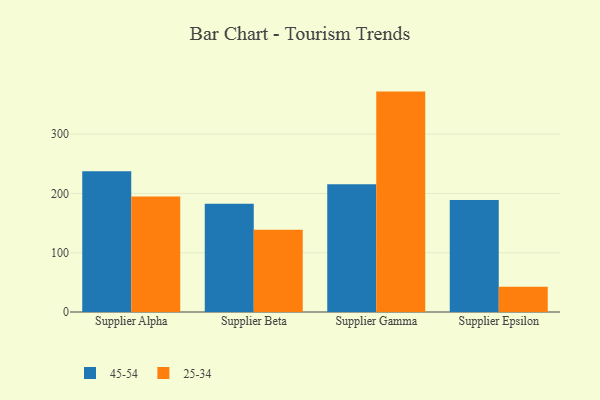
{"axis": {"x": "Supplier", "y": "Conversion Rate (%)"}, "legend": ["25-34", "45-54"], "data": [{"x": "Supplier Alpha", "y": 237.6, "type": "45-54"}, {"x": "Supplier Alpha", "y": 194.8, "type": "25-34"}, {"x": "Supplier Beta", "y": 182.5, "type": "45-54"}, {"x": "Supplier Beta", "y": 138.7, "type": "25-34"}, {"x": "Supplier Gamma", "y": 215.5, "type": "45-54"}, {"x": "Supplier Gamma", "y": 371.8, "type": "25-34"}, {"x": "Supplier Epsilon", "y": 188.8, "type": "45-54"}, {"x": "Supplier Epsilon", "y": 42.5, "type": "25-34"}]}